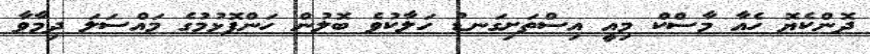
ދޮންކެޔޮ ހެއާ މާސްކް މިއީ އިސްތަށިގަނޑު ހަލާކުވެ ބޮލުން ހަންފޮޅުމުގެ މައްސަލަ ދިމާވާ